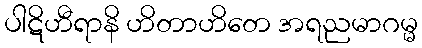
ပါဋိဟီရာနိ ဟိတာဟိတေ အရညမာဂမ္မ